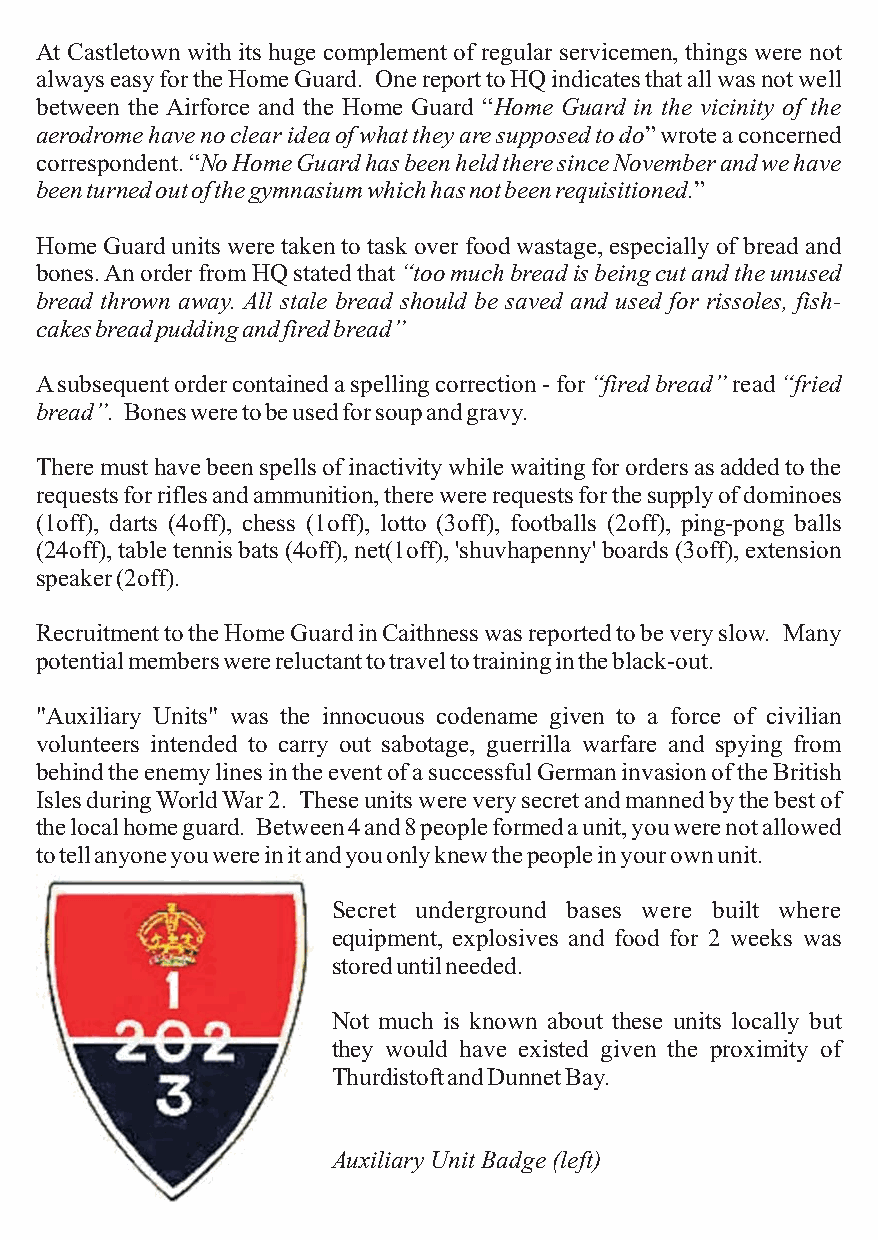
At Castletown with its huge complement of regular servicemen, things were not
 alwayseasyfortheHomeGuard. OnereporttoHQindicatesthatallwasnotwell
 between the Airforce and the Home Guard “Home Guard in the vicinity of the
 aerodromehavenoclearideaofwhattheyaresupposedtodo”wroteaconcerned
 correspondent.“NoHomeGuardhasbeenheldtheresinceNovemberandwehave
 beenturnedoutofthegymnasiumwhichhasnotbeenrequisitioned.”
 HomeGuardunitsweretakentotaskoverfoodwastage,especiallyofbreadand
 bones.AnorderfromHQstatedthat“toomuchbreadisbeingcutandtheunused
 bread thrown away. All stale bread should be saved and used for rissoles, fish-
 cakesbreadpuddingandfiredbread”
 Asubsequentordercontainedaspellingcorrection-for“firedbread”read“fried
 bread”. Bonesweretobeusedforsoupandgravy.
 Theremusthavebeenspellsofinactivitywhilewaitingforordersasaddedtothe
 requestsforriflesandammunition,therewererequestsforthesupplyofdominoes
 (1off), darts (4off), chess (1off), lotto (3off), footballs (2off), ping-pong balls
 (24off),tabletennisbats(4off),net(1off),'shuvhapenny'boards(3off),extension
 speaker(2off).
 RecruitmenttotheHomeGuardinCaithnesswasreportedtobeveryslow. Many
 potentialmemberswerereluctanttotraveltotrainingintheblack-out.
 "Auxiliary Units" was the innocuous codename given to a force of civilian
 volunteers intended to carry out sabotage, guerrilla warfare and spying from
 behindtheenemylinesintheeventofasuccessfulGermaninvasionoftheBritish
 IslesduringWorldWar2. Theseunitswereverysecretandmannedbythebestof
 thelocalhomeguard. Between4and8peopleformedaunit,youwerenotallowed
 totellanyoneyouwereinitandyouonlyknewthepeopleinyourownunit.
 Secret underground bases were built where
 equipment, explosives and food for 2 weeks was
 storeduntilneeded.
 Not much is known about these units locally but
 they would have existed given the proximity of
 ThurdistoftandDunnetBay.
 AuxiliaryUnitBadge(left)